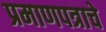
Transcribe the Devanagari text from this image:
प्रमाणपत्राचे